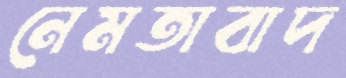
নেমতাবাদ